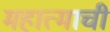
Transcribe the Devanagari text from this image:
महात्माची